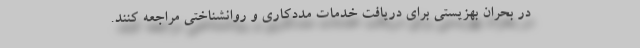
در بحران بهزیستی برای دریافت خدمات مددکاری و روانشناختی مراجعه کنند.